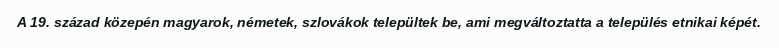
A 19. század közepén magyarok, németek, szlovákok települtek be, ami megváltoztatta a település etnikai képét.